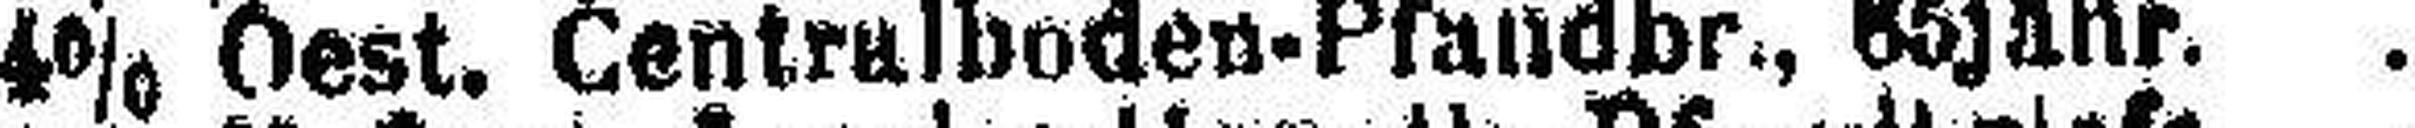
4% Oest. Centralboden-Pfandbr., 65jähr.